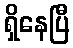
ရှိနေပြီ